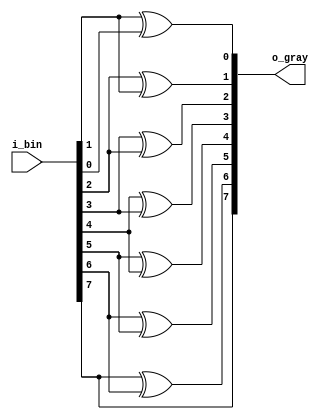
module bin_to_gray
#(
	parameter 	BIT	= 8
)
(
	output 	[BIT-1:0]	o_gray,
	input	[BIT-1:0]	i_bin
);

	`ifdef GENER_TO_GRAY
		genvar	g;
		generate
			for (g=0; g<BIT-1; g=g+1) begin
					assign	o_gray[g]	= i_bin[g+1] ^ i_bin[g]; 
			end
		endgenerate
		assign	o_gray[BIT-1]	= i_bin[BIT-1]; 			// MSB

	`else
		assign	o_gray[0]		= i_bin[1] ^ i_bin[0];
		assign	o_gray[1]		= i_bin[2] ^ i_bin[1];
		assign	o_gray[2]		= i_bin[3] ^ i_bin[2];
		assign	o_gray[3]		= i_bin[4] ^ i_bin[3];
		assign	o_gray[4]		= i_bin[5] ^ i_bin[4];
		assign	o_gray[5]		= i_bin[6] ^ i_bin[5];
		assign	o_gray[6]		= i_bin[7] ^ i_bin[6];
		assign	o_gray[7]		= i_bin[7]; 					// MSB
	`endif

endmodule

module gray_to_bin
#(
	parameter 	BIT	= 8
)
(
	output	[BIT-1:0]	o_bin,
	input	[BIT-1:0]	i_gray
);

	`ifdef GENER_TO_BIN
		genvar	g;
		generate
			for (g=0; g<BIT-1; g=g+1) begin
					assign	o_bin[g]	= o_bin[g+1] ^ i_gray[g]; 
			end
		endgenerate
		assign	o_bin[BIT-1]	= i_gray[BIT-1]; 			// MSB

	`else
		assign	o_bin[0]		= o_bin[1] ^ i_gray[0];
		assign	o_bin[1]		= o_bin[2] ^ i_gray[1];
		assign	o_bin[2]		= o_bin[3] ^ i_gray[2];
		assign	o_bin[3]		= o_bin[4] ^ i_gray[3];
		assign	o_bin[4]		= o_bin[5] ^ i_gray[4];
		assign	o_bin[5]		= o_bin[6] ^ i_gray[5];
		assign	o_bin[6]		= o_bin[7] ^ i_gray[6];
		assign	o_bin[7]		= i_gray[7]; 					// MSB
	`endif

endmodule